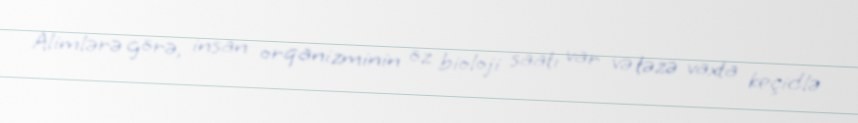
Alimlərə görə, insan orqanizminin öz bioloji saatı var və təzə vaxta keçidlə